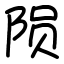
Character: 陨